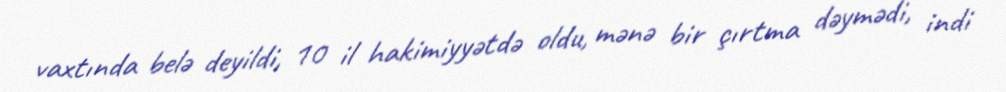
vaxtında belə deyildi, 10 il hakimiyyətdə oldu, mənə bir çırtma dəymədi, indi